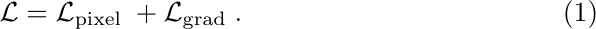
\begin{equation}
\mathcal{L} = \mathcal{L}_{\text {pixel }} + \mathcal{L}_{\text {grad }}.
\end{equation}